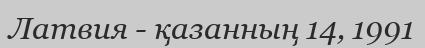
Латвия - қазанның 14, 1991